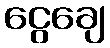
ငွေချေ